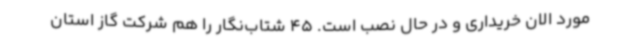
مورد الان خریداری و در حال نصب است. 45 شتاب‌نگار را هم شرکت گاز استان